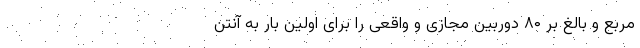
مربع و بالغ بر ۸۰ دوربین مجازی و واقعی را برای اولین بار به آنتن